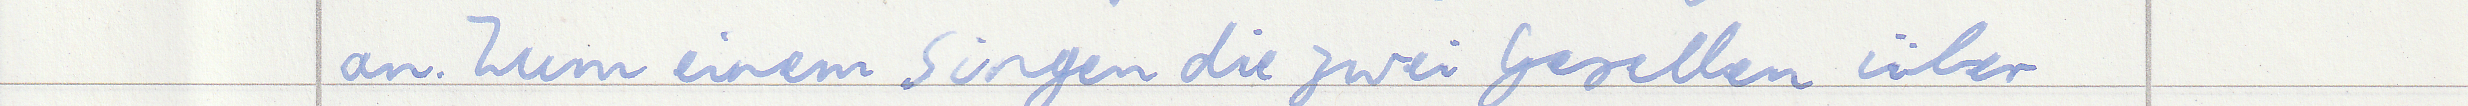
an. Zum einem singen die zwei Gesellen über